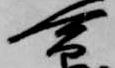
命